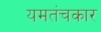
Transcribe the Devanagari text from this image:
यमतंचकार